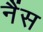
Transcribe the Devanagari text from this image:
नैंस